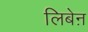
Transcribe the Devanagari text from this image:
लिबेऩ